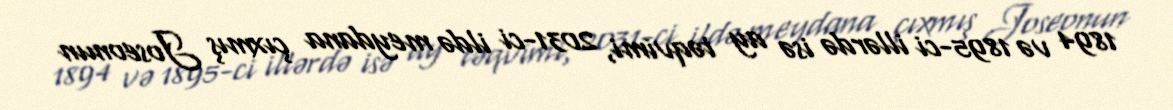
1894 və 1895-ci illərdə isə ay təqvimi, 2031-ci ildə meydana çıxmış Joseonun